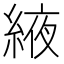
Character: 𦁹